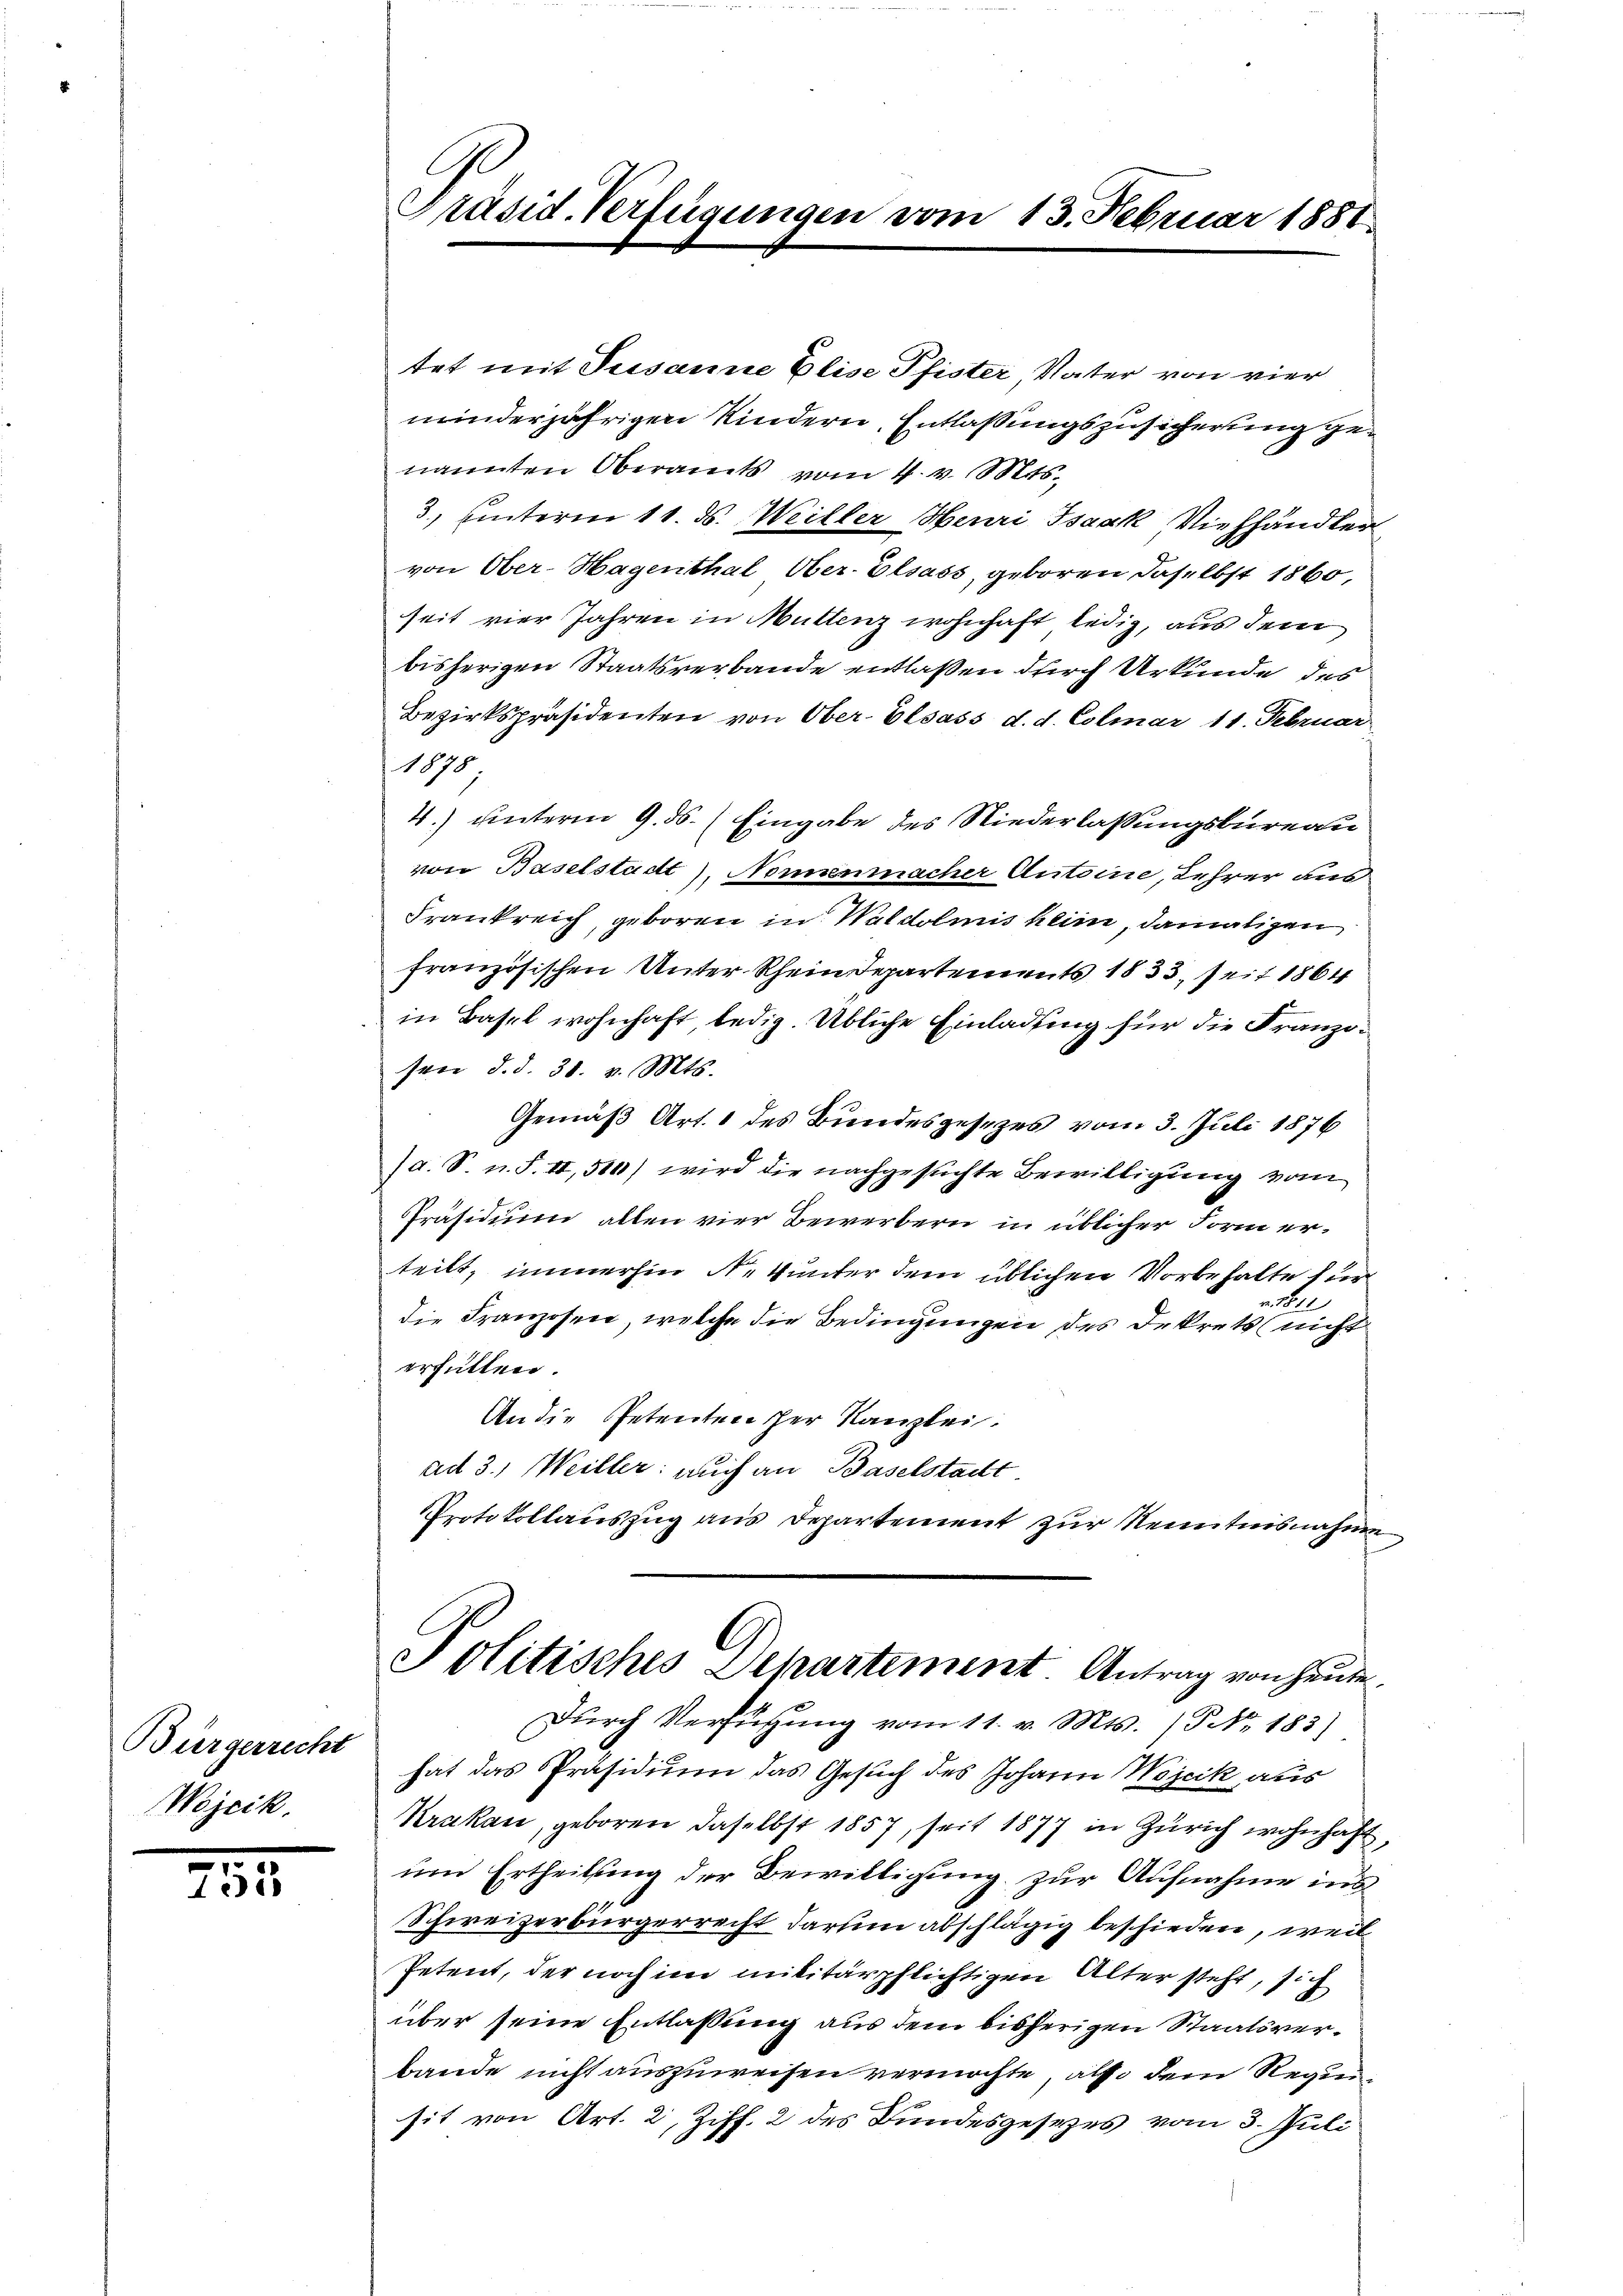
Bürgerrecht
Wojcik.

755

Präsid. Verfügungen vom 13. Februar 1881

tet mit Susanne Elise Pfister Vater von vier
miinderjährigen Kindern, Entlassungszusicherung genannten Oberamts vom 4. v. Mts.
3, unterm 11. ds. Weiller Heuri Isaak Viehhändler
von Ober-Hagenthal Ober-Elsass, geboren, daselbst 1860,
seit vier Jahren in Muttenz wohnhaft ledig, aus dem
bisherigen Staatsverbande entlaßen durch Urkunde des
Bezirkspräsidenten von Ober- Elsass d. d. Colmar 11. Februar
1878
4.) unterm 9. ds. (Eingabe des Niederlassungsbureau
von Baselstadt, Nonnenmacher Antoine, Lehrer aus
Frankreich, geboren in Waldolmis klin, damaligen
französischen Unter Rheindepartements 1833, seit 1864
in Basel wohnhaft ledig. Übliche Einladung für die Franzisen d. d. 30. v. Mts.
Gemäß Art. 1 des Bundesgesezes vom 3. Juli 1876
a. S. n. F. II, 510) wird die nachgesuchte Bewilligung vom
Präsidium allen vier Bewerbern in üblicher Form erteilt, immerhin N. Vunter dem üblichen Vorbehalte tun
n N. 1
die Franzosen, welche die Bedingungen des Dekrets nicht
erfüllten.
An die Petenten der Kanzlei.
ad 3.) Weiller: auch an Baselstacht
Protokollauszug aus Departement zur Kenntnisnahmen
Politisches Departement. Antrag von heute¬
Dŭrch Verfügung vom 11. v. Mts. (T No. 183)
hat das Präsidium das Gesuch des Johann Wojcik aus
Krakau, geboren daselbst 1857, seit 1877 in Zürich wohnhaft,
um Ertheilung der Bewilligung zur Aufnahme ins
Schweizerbürgerrecht darum abschlägig beschieden, weil
Petent, der noch im militärpflichtigen Alter steht, sich
über seine Entlassung aus dem bisherigen Staatsverbande nicht auszuweisen vermöchte, also dem Requisit von Art. 2, Ziff. 2 des Bundesgesezes vom 3. Juli